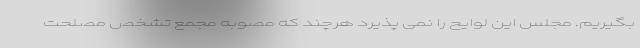
بگیریم. مجلس این لوایح را نمی پذیرد هرچند که مصوبه مجمع تشخص مصلحت